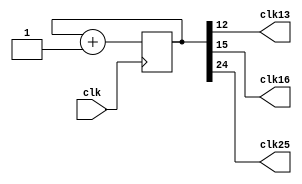
module clock_divisor(clk13, clk16, clk25, clk);
input clk;
output clk13;
output clk16;
output clk25;

reg [24:0] num;
wire [24:0] next_num;

always @(posedge clk) begin
  num <= next_num;
end

assign next_num = num + 1'b1;
assign clk13 = num[12];
assign clk16 = num[15];
assign clk25 = num[24];
endmodule